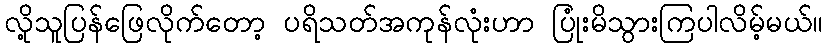
လို့သူပြန်ဖြေလိုက်တော့ ပရိသတ်အကုန်လုံးဟာ ပြုံးမိသွားကြပါလိမ့်မယ်။